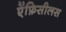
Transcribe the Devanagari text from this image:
ऐंफ़िसीलस